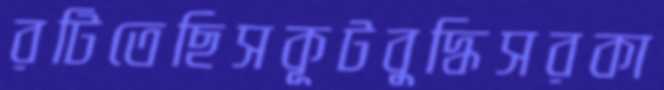
রটিতেছিসকূটবুদ্ধিসরকা